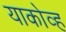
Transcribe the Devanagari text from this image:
याकोव्ह